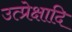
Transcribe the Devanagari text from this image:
उत्प्रेक्षादि